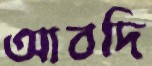
আবদি